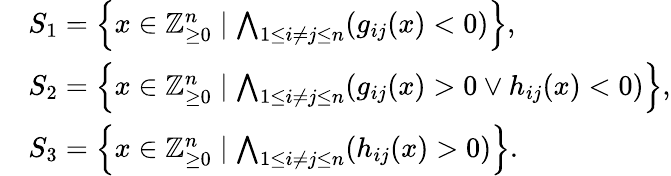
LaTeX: \begin{array}{rl}&{S_{1}=\left\{ x\in\mathbb Z_{\ge 0}^{n}\mid\bigwedge_{1\leq i\neq j\leq n}(g_{ij}(x)<0)\right\} ,}\\ &{S_{2}=\left\{ x\in\mathbb Z_{\ge 0}^{n}\mid\bigwedge_{1\leq i\neq j\leq n}(g_{ij}(x)>0\vee h_{ij}(x)<0)\right\} ,}\\ &{S_{3}=\left\{ x\in\mathbb Z_{\ge 0}^{n}\mid\bigwedge_{1\leq i\neq j\leq n}(h_{ij}(x)>0)\right\} .}\end{array}